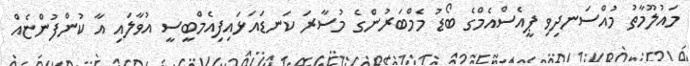
މައުލޫމާތު މުއްސަނދިވި ޕީއެސްއެމްގެ ބޯޑު މެމްބަރުންގެ މުސާރަ ކަނޑައަޅައިފިއެމްބީސީ އުވާލައި އާ ކުންފުންޏެއް